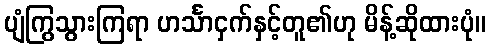
ပျံကြွသွားကြရာ ဟင်္သာငှက်နှင့်တူ၏ဟု မိန့်ဆိုထားပုံ။